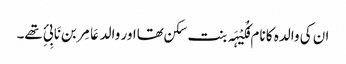
ان کی والدہ کا نام فُکَیْہَہ بنت سکن تھااور والد عَامِر بن نَابِیِٔ تھے۔